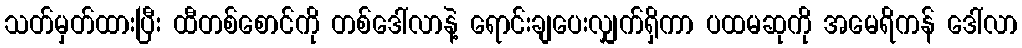
သတ်မှတ်ထားပြီး ထီတစ်စောင်ကို တစ်ဒေါ်လာနဲ့ ရောင်းချပေးလျှက်ရှိကာ ပထမဆုကို အမေရိကန် ဒေါ်လာ